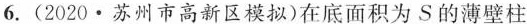
6.(2020·苏州市高新区模拟)在底面积为S的薄壁柱